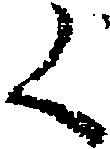
く